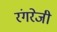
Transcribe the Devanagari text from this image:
रंगरेजी